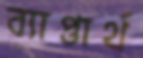
ব্যাপ্তার্থ